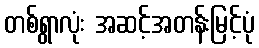
တစ်ရွာလုံး အဆင့်အတန်းမြင့်ပုံ